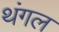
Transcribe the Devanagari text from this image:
थंगल